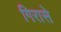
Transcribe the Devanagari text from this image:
गिरासे